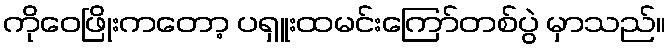
ကိုဝေဖြိုးကတော့ ပရှူးထမင်းကြော်တစ်ပွဲ မှာသည်။